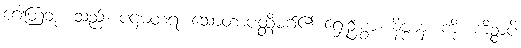
ဂေါတြဘု၊ သည်။ ပဌမတရံ၊ သောတာပတ္တိမဂ်၏ ရှေးဦးစွာ။ နိဗ္ဗာနံ၊ ကို။ ကိဉ္စာပိ